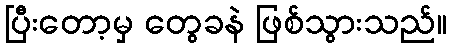
ပြီးတော့မှ တွေခနဲ ဖြစ်သွားသည်။